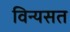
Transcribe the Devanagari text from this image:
विन्यसत